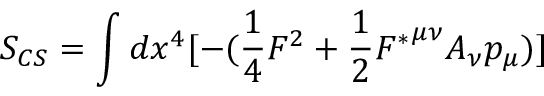
S _ { C S } = \int { d x ^ { 4 } [ - ( \frac { 1 } { 4 } F ^ { 2 } + \frac { 1 } { 2 } { F ^ { * } } ^ { { \mu } { \nu } } A _ { { \nu } } p _ { \mu } ) ] }